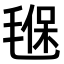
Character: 𣯂